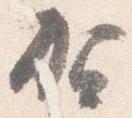
賀